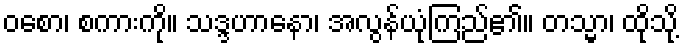
ဝစော၊ စကားကို။ သဒ္ဒဟာနော၊ အလွန်ယုံကြည်၏။ တသ္မာ၊ ထိုသို့